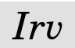
Irv